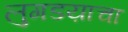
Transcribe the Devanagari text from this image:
लुगडय़ाचा